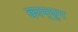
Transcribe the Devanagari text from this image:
काम्धुग